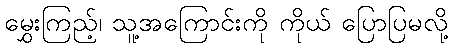
မွှေးကြည့်၊ သူ့အကြောင်းကို ကိုယ် ပြောပြမလို့